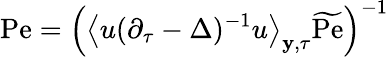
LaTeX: \mathrm{Pe}=\left(\left\langle u(\partial_{\tau}-\Delta)^{-1}u\right\rangle_{\mathbf{y},\tau}\widetilde{\mathrm{Pe}}\right)^{-1}